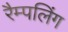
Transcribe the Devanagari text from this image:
रैम्पलिंग